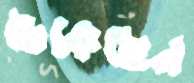
ঢেকেছেন